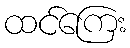
ထင်ကြေး